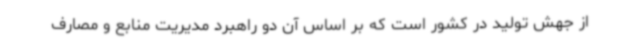
از جهش تولید در کشور است که بر اساس آن دو راهبرد مدیریت منابع و مصارف